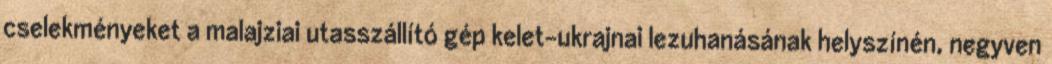
cselekményeket a malajziai utasszállító gép kelet-ukrajnai lezuhanásának helyszínén, negyven